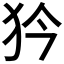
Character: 𤜰